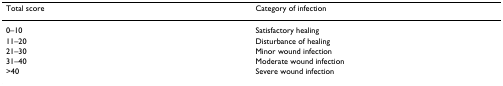
<table><thead><tr><td><b>Total score</b></td><td><b>Category of infection</b></td></tr></thead><tbody><tr><td>0–10</td><td>Satisfactory healing</td></tr><tr><td>11–20</td><td>Disturbance of healing</td></tr><tr><td>21–30</td><td>Minor wound infection</td></tr><tr><td>31–40</td><td>Moderate wound infection</td></tr><tr><td>&gt;40</td><td>Severe wound infection</td></tr></tbody></table>